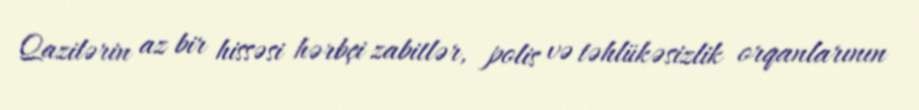
Qazilərin az bir hissəsi hərbçi zabitlər, polis və təhlükəsizlik orqanlarının